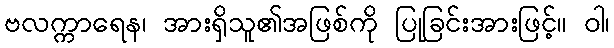
ဗလက္ကာရေန၊ အားရှိသူ၏အဖြစ်ကို ပြုခြင်းအားဖြင့်။ ဝါ၊